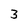
Character: 3